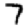
Digit: 7